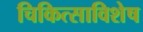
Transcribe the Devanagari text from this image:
चिकित्साविशेष